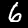
Label: 6